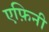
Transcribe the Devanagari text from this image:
एफ़िनी